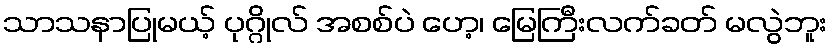
သာသနာပြုမယ့် ပုဂ္ဂိုလ် အစစ်ပဲ ဟေ့၊ မြေကြီးလက်ခတ် မလွဲဘူး